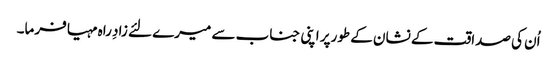
اُن کی صداقت کے نشان کے طورپر اپنی جناب سے میرے لئے زادِ راہ مہیا فرما۔